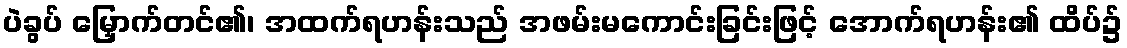
ပဲခွပ် မြှောက်တင်၏၊ အထက်ရဟန်းသည် အဖမ်းမကောင်းခြင်းဖြင့် အောက်ရဟန်း၏ ထိပ်၌